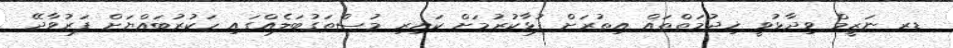
ޑރ ނަޒީމް ވިދާޅުވީ ޚިދުމަތްތައް އިތުރަށް ފުޅާކުރުމަށް ކައިރި މުސްތަގުބަލެއްގައި ހަކުރުބައްޔަށް ފަރުވާދޭ